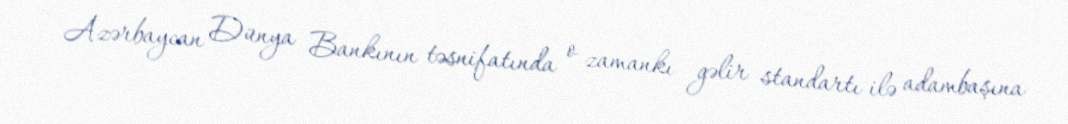
Azərbaycan Dünya Bankının təsnifatında o zamankı gəlir standartı ilə adambaşına